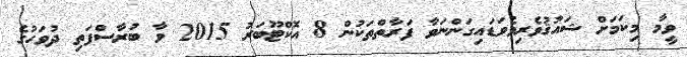
ވީމާ މިކަމަށް ޝައުޤުވެރިވެވަޑައިގަންނަވާ ފަރާތްތަކުން 8 އޮކްޓޫބަރު 2015 ވާ ބުރާސްފަތި ދުވަހުގެ